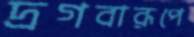
দ্রগবারূপে